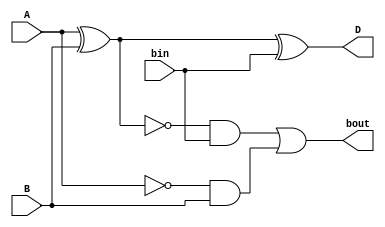
`timescale 1ns / 1ps



module fSub(
    input A,
    input B,
    input bin,
    output D,
    output bout
    );
    
    assign D = A ^ B ^ bin;
    assign bout = ( ~ (A ^ B) ) & bin | ( ~A ) & B;
    
endmodule